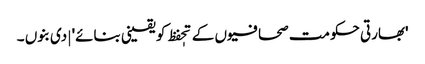
'بھارتی حکومت صحافیوں کے تحٖفظ کو یقینی بنائے' | دی بنوں ۔